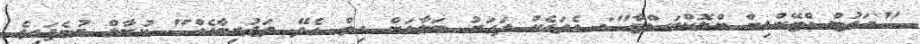
"'އައުޓްސްޓޭންޑިން ބްލޮކްބަސްޓާ": އެތަކެއް ފަހަރު ބަލާލަން ހިތް އެދޭ ތަޖުރިބާއެއް" ކުނާލް ބުނެފައިވެ